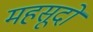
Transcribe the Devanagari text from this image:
महसूदों